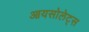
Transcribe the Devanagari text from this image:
आयसोलेट्स